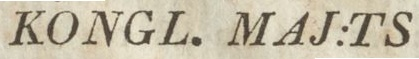
KONGL. MAJ:TS